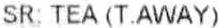
SR: TEA (T.AWAY)